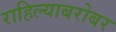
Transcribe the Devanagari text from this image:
राहिल्याबरोबर